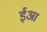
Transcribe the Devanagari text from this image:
ईआ